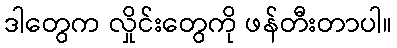
ဒါတွေက လှိုင်းတွေကို ဖန်တီးတာပါ။